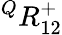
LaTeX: {}^{Q}{R}_{1{2}}^{+}